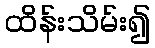
ထိန်းသိမ်း၍